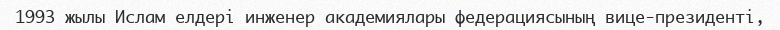
1993 жылы Ислам елдері инженер академиялары федерациясының вице-президенті,